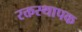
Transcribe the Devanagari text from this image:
रक्तस्थापक